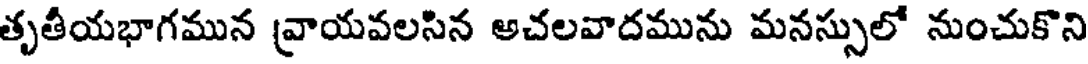
తృతీయభాగమున వ్రాయవలసిన అచలవాదమును మనస్సులో నుంచుకొని